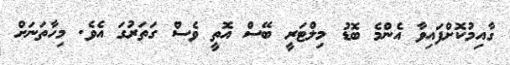
ގާއިމުކޮށްފައިވާ އެންމެ ބޮޑު މިލްޓަރީ ބޭސް އޮތީ ވެސް ގަތަރުގަ އެވެ. މިހާތަނަށް